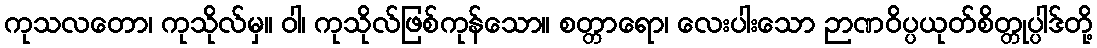
ကုသလတော၊ ကုသိုလ်မှ။ ဝါ၊ ကုသိုလ်ဖြစ်ကုန်သော။ စတ္တာရော၊ လေးပါးသော ဉာဏဝိပ္ပယုတ်စိတ္တုပ္ပါဒ်တို့